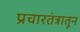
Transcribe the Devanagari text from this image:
प्रचारतंत्रातून